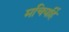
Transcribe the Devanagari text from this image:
मचियहिं